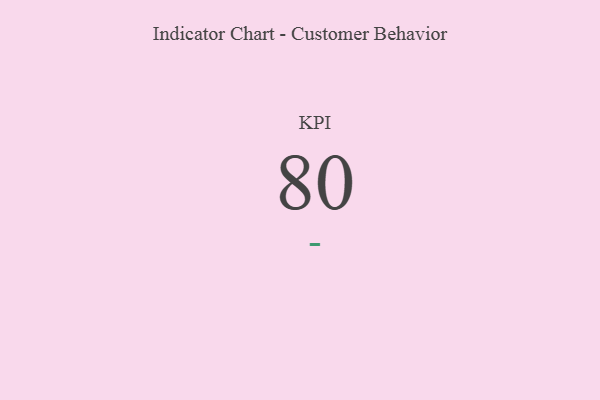
{"axis": {"x": "KPI", "y": "Value"}, "legend": [""], "data": [{"x": "KPI", "y": 80, "type": ""}]}